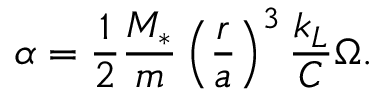
\alpha = \frac { 1 } { 2 } \frac { M _ { * } } { m } \left( \frac { r } { a } \right) ^ { 3 } \frac { k _ { L } } { C } \Omega .